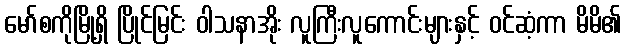
မော်စကိုမြို့ရှိ ပြိုင်မြင်း ဝါသနာအိုး လူကြီးလူကောင်းများနှင့် ဝင်ဆံ့ကာ မိမိ၏